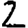
Digit: 2